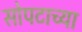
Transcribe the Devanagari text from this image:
सोपटाच्या